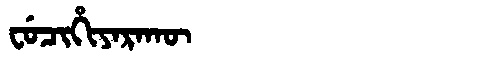
Manchu: ᠸᡠᠴᡳᡥᡳᠶᠠᡵᠠᡴᡡ
Romanization: FUCIHIYARAKŪ